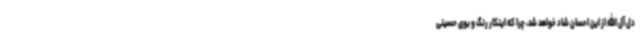
دل آل الله از این احسان شاد خواهد شد، چرا که اینکار رنگ و بوی حسینی